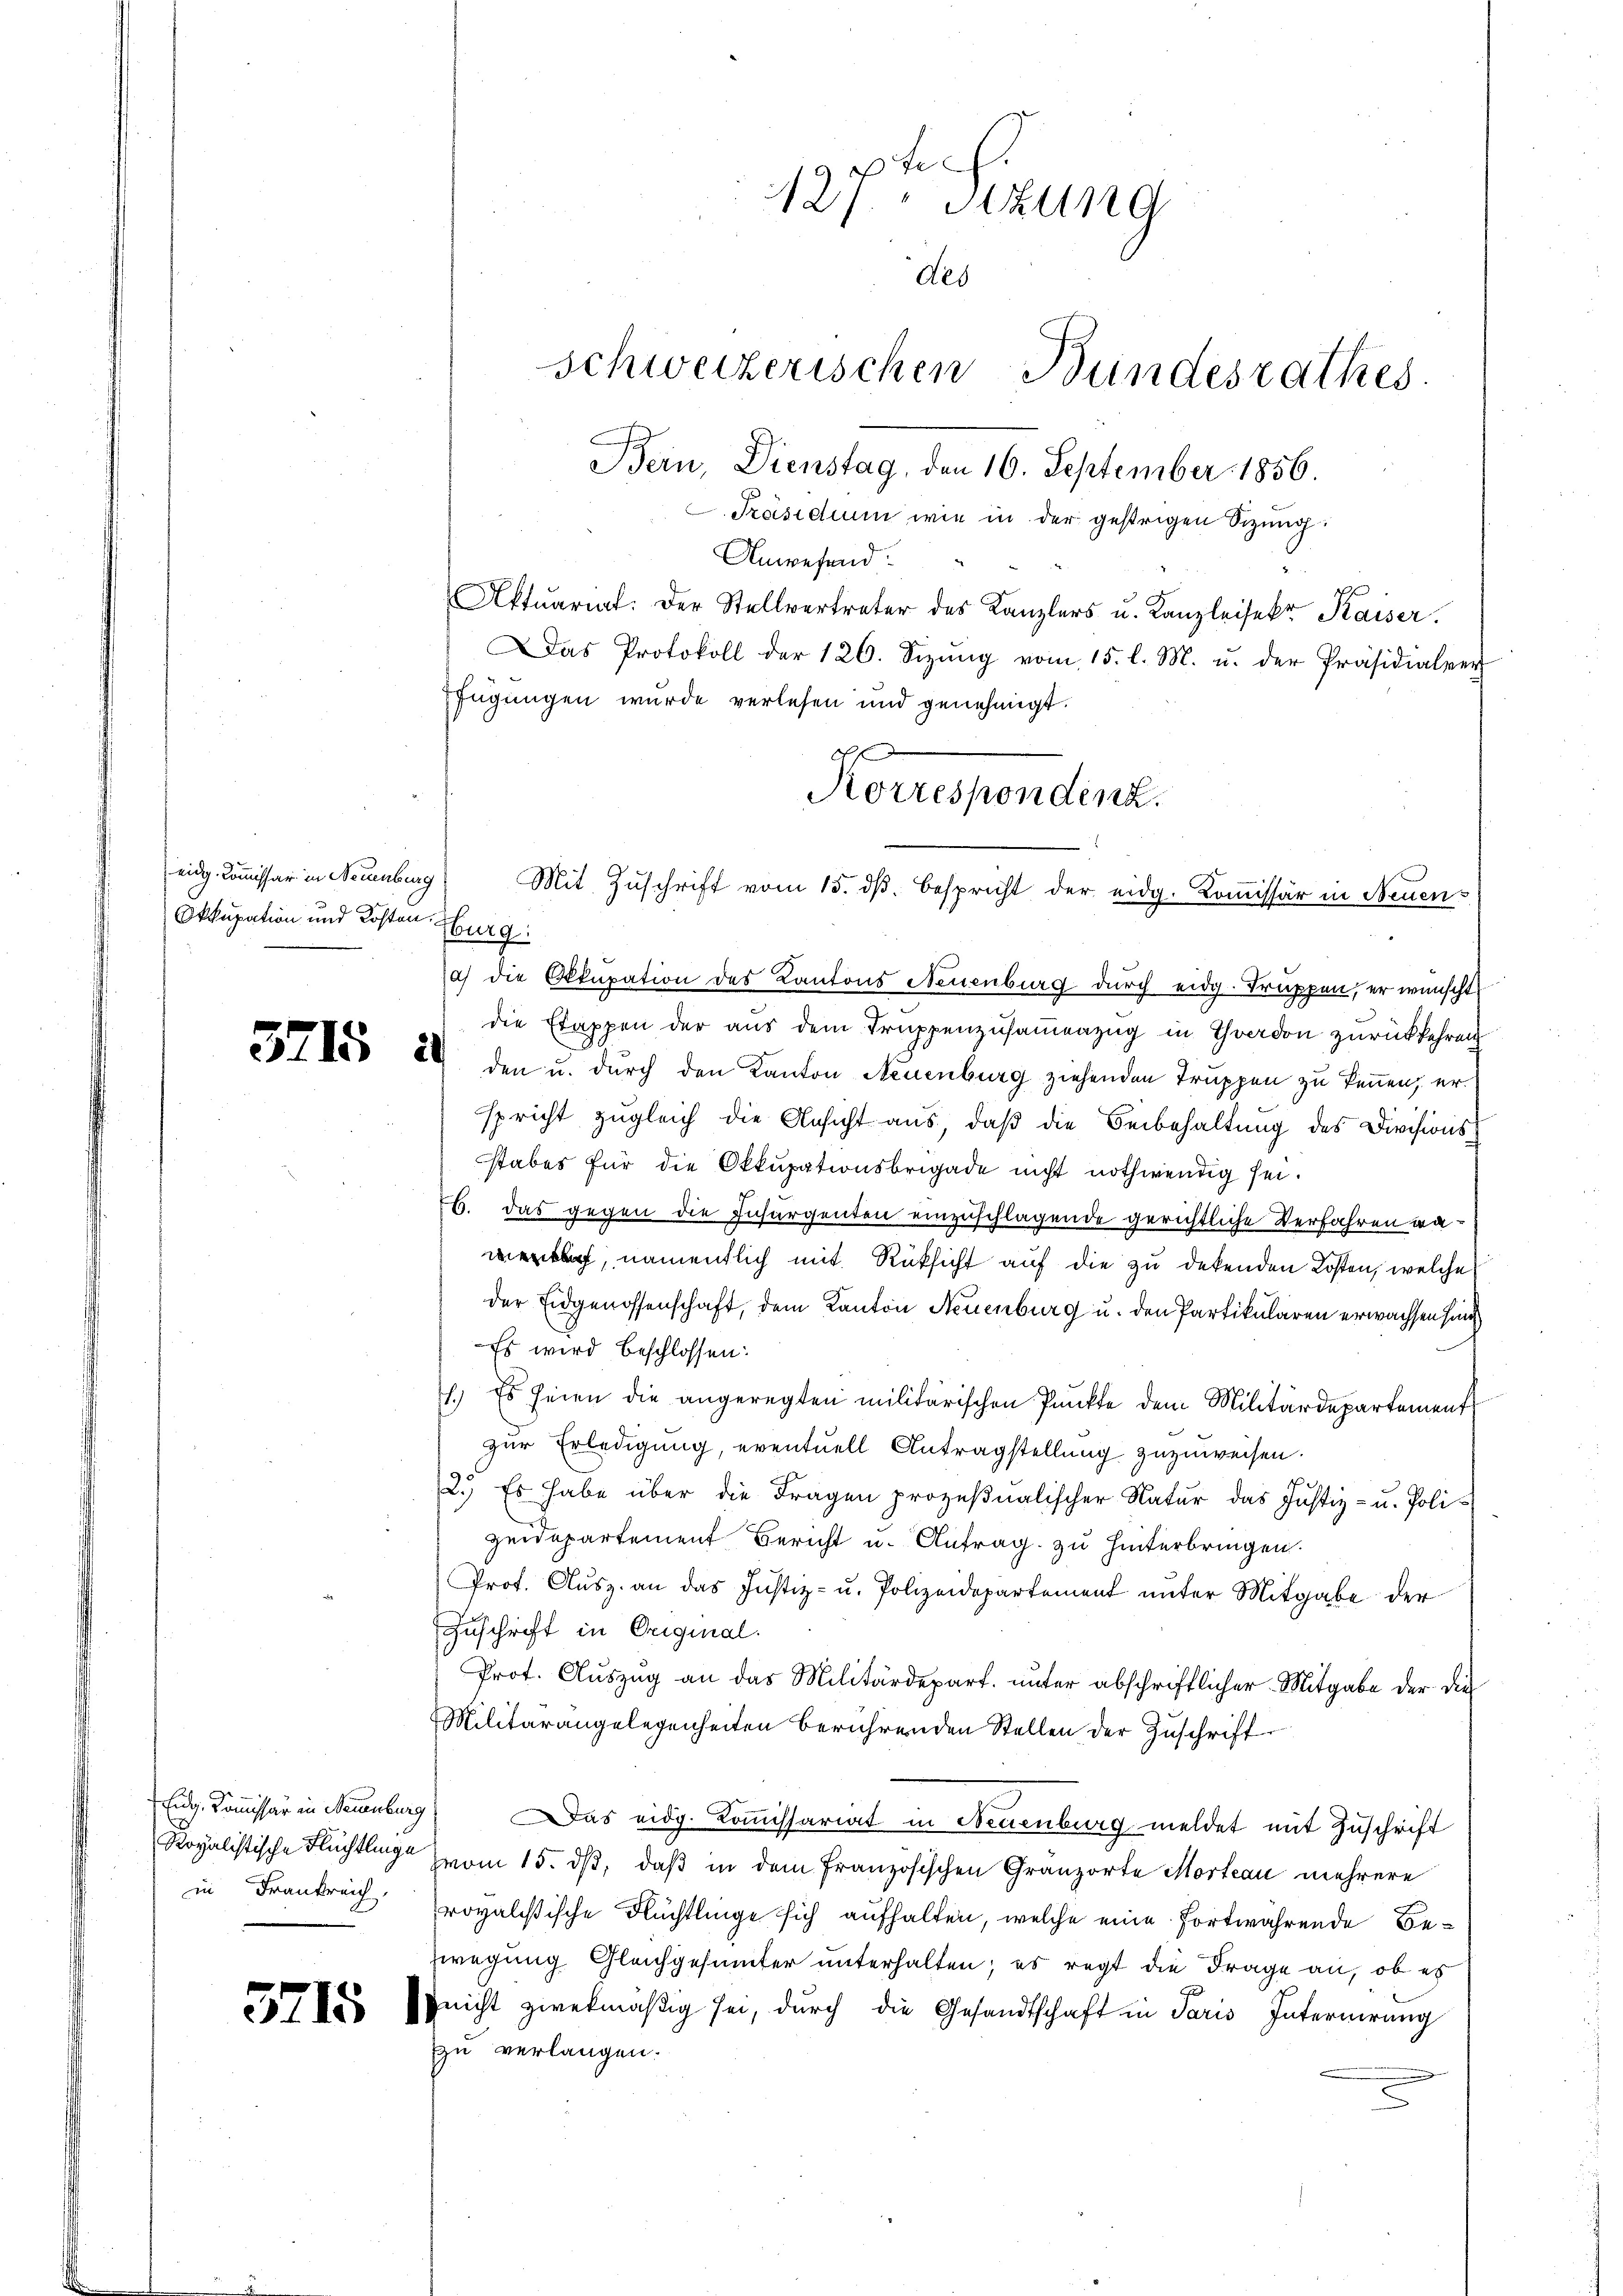
eidg. Commissär in Neuenburg
Okkupation und Kosten Burg:

3215 a

in Frankreich,

3715

f

f
127. Sitzung
des
schweizerischen Bundesrathes.
A
Bern, Dienstag, den 16. September 1856.
Präsidium wie in der gestrigen Sizung.
Anwesend:
Aktuariat. Der Stellvertreter des Kanzlers u. Kanzleisekr. Kaiser.
Das Protokoll der 126. Sizŭng vom 15. l. M. u. der Präsidialver
fügungen wurde verlesen und genehmigt.

Korrespondenz.
Mit Zuschrift vom 15. dß. Bespricht der eidg. Kommissär in Neuen¬

) die Okkupation des Kantons Neuenburg durch eidg. Truppen, er wünscht
die Etappen der aus dem Truppenzusammenzug in Thradon zurückkehren
den u. durch den Kanton Neuenburg ziehenden Truppen zu kennen, erspricht zugleich die Ansicht aus, daβ die Beibehaltung des Divisionsstabes für die Okkupationsbrigade nicht nothwendig sei.
b. das gegen die Insurgenten einzuschlagende gerichtliche Verfahren wawerth, namentlich mit Rüksicht auf die zu dekenden Kosten, welche
der Eidgenossenschaft, dem Kanton Neuenburg u. den Partikularen erwachsen hand
Es wird beschlossen:
1.) Es seien die angeregten militärischen Punkte dem Militärdepartement
zur Erledigung, eventuell Antragstellung zuzuweisen.
2.) Es habe über die Fragen prozesualischer Natur das Justiz- u. Polizeidepartement Bericht u. Antrag zu hinterbringen.
Prot. Aŭsz. an das Justiz- u. Polizeidepartement unter Mitgabe der
Zuschrift in Original.
Prot. Auszug an das Militärdepart. unter abschriftlicher Mitgabe der die
Militärangelegenheiten berührenden Stellen der Zŭschrift
Eug. Kommissär in Neuenburg) Das eidg. Kommissariat in Neuenburg meldet mit Zuschrift
Kopalistische Flüchtling vom 15. dβ, daß in dem französischen Granzorte Morteau mehrere
royalistische Flüchtlinge sich aufhalten, welche eine fortwährende Bezwegung Gleichgesunter unterhalten; es regt die Frage an, ob es
nicht zwekmäßig sei, durch die Gesandtschaft in Paris Internirung
zzu verlangen.